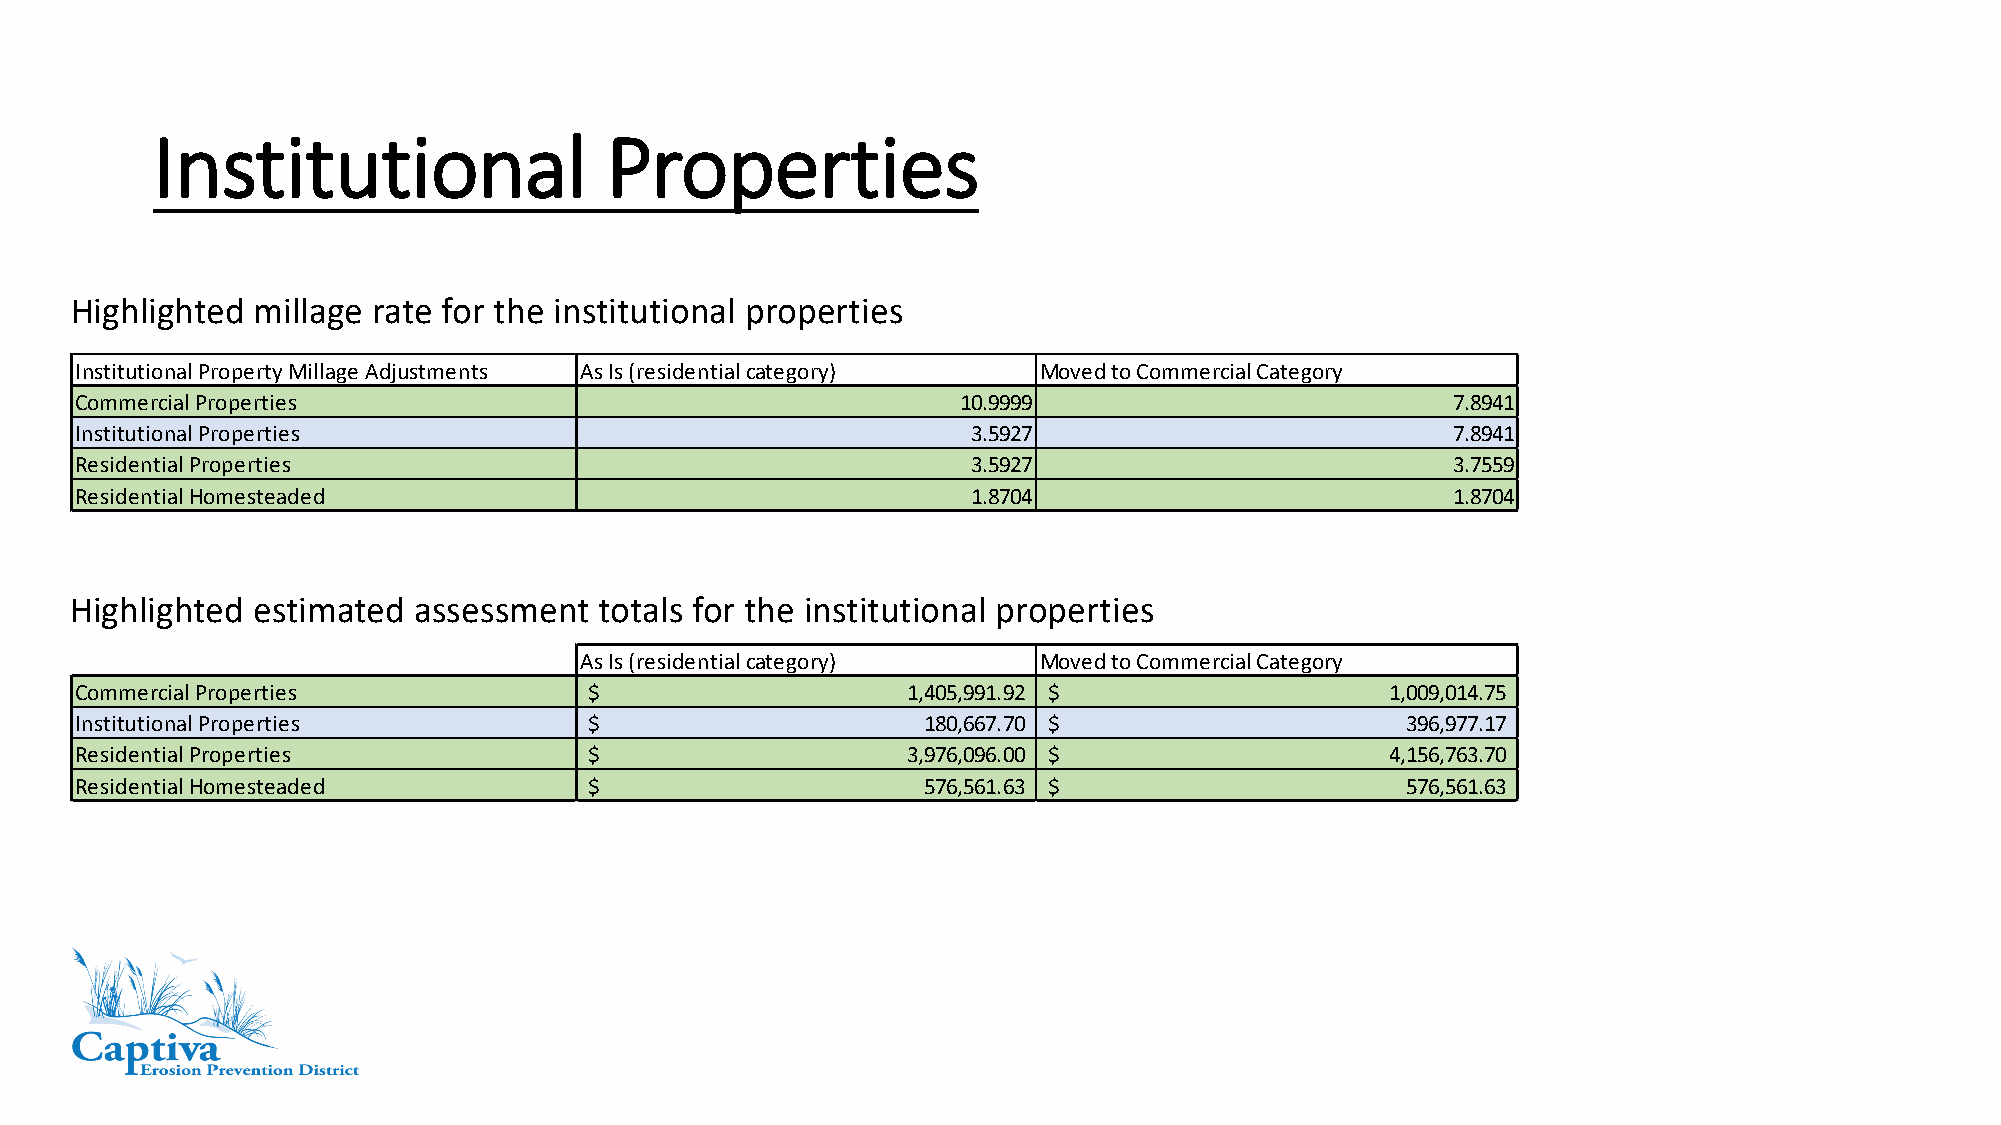
Institutional                 Properties
 Highlighted millage rate for the institutional properties
 Institutional Property Millage Adjustments As Is (residential category) Moved to Commercial Category
 Commercial Properties                                      10.9999                         7.8941
 Institutional Properties                                   3.5927                          7.8941
 Residential Properties                                     3.5927                          3.7559
 Residential Homesteaded                                    1.8704                          1.8704
 Highlighted estimated assessment   totals for the institutional properties
 As Is (residential category)   Moved to Commercial Category
 Commercial Properties             $                    1,405,991.92 $                  1,009,014.75
 Institutional Properties          $                     180,667.70 $                    3 96,977.17
 Residential Properties            $                    3,976,096.00 $                  4,156,763.70
 Residential Homesteaded           $                     576,561.63 $                    5 76,561.63